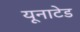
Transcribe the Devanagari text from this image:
यूनाटेड